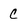
Character: C